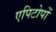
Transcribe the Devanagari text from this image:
एपिटोपों